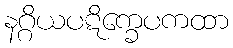
နဂ္ဂိယပဋိက္ခေပကထာ